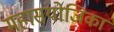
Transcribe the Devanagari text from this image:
महासंयोजिका